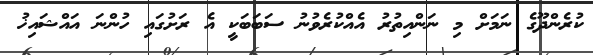
ކުރެންދޫގެ ނަމަށް މި ނަންއިތުރު އެއްކުރެވުނު ސަބަބަކީ އެ ރަށުގައި ހުންނަ އައްޝައިޚު